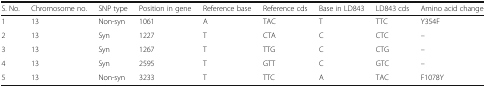
<table><thead><tr><td><b>S. No.</b></td><td><b>Chromosome no.</b></td><td><b>SNP type</b></td><td><b>Position in gene</b></td><td><b>Reference base</b></td><td><b>Reference cds</b></td><td><b>Base in LD843</b></td><td><b>LD843 cds</b></td><td><b>Amino acid change</b></td></tr></thead><tbody><tr><td>1</td><td>13</td><td>Non-syn</td><td>1061</td><td>A</td><td>TAC</td><td>T</td><td>TTC</td><td>Y354F</td></tr><tr><td>2</td><td>13</td><td>Syn</td><td>1227</td><td>T</td><td>CTA</td><td>C</td><td>CTC</td><td>–</td></tr><tr><td>3</td><td>13</td><td>Syn</td><td>1267</td><td>T</td><td>TTG</td><td>C</td><td>CTG</td><td>–</td></tr><tr><td>4</td><td>13</td><td>Syn</td><td>2595</td><td>T</td><td>GTT</td><td>C</td><td>GTC</td><td>–</td></tr><tr><td>5</td><td>13</td><td>Non-syn</td><td>3233</td><td>T</td><td>TTC</td><td>A</td><td>TAC</td><td>F1078Y</td></tr></tbody></table>